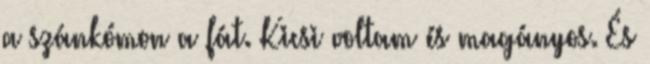
a szánkómon a fát. Kicsi voltam és magányos. És